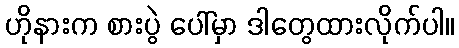
ဟိုနားက စားပွဲ ပေါ်မှာ ဒါတွေထားလိုက်ပါ။